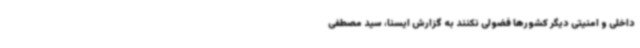
داخلی و امنیتی دیگر کشورها فضولی نکنند به گزارش ایسنا، سید مصطفی